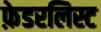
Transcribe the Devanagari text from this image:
फ़ेडरलिस्ट